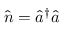
\hat { n } = \hat { a } ^ { \dag } \hat { a }